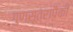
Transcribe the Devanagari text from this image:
गुणसूत्रापैकी